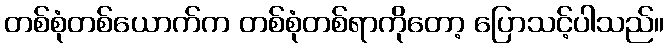
တစ်စုံတစ်ယောက်က တစ်စုံတစ်ရာကိုတော့ ပြောသင့်ပါသည်။